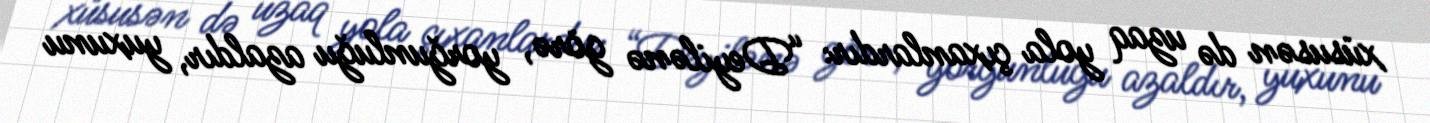
xüsusən də uzaq yola çıxanlardır: “Deyilənə görə, yorğunluğu azaldır, yuxunu